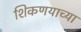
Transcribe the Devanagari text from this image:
शिकणयाच्या